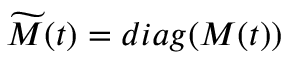
\widetilde M ( t ) = d i a g ( M ( t ) )